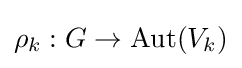
\rho _{k}:G\to \mathrm {Aut} (V_{k})